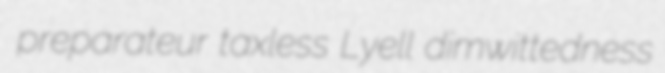
preparateur taxless Lyell dimwittedness